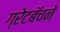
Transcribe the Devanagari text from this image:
ग्रेटबॅचने